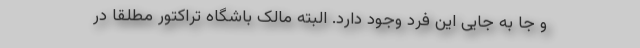
و جا به جایی این فرد وجود دارد. البته مالک باشگاه تراکتور مطلقا در